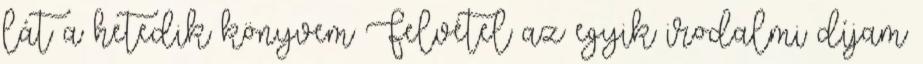
lát a hetedik könyvem Felvétel az egyik irodalmi díjam